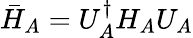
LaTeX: \bar{H}_{A}=U_{A}^{\dagger}H_{A}U_{A}